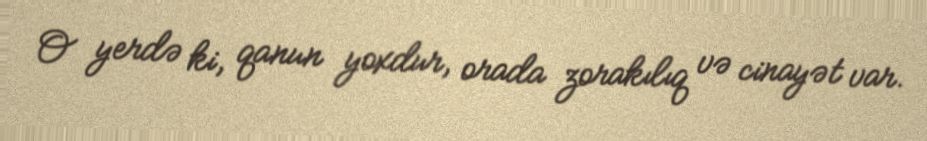
O yerdə ki, qanun yoxdur, orada zorakılıq və cinayət var.